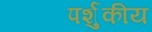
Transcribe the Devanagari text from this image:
पर्शुकीय